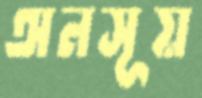
অনসূয়